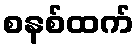
စနစ်ထက်